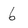
Character: 6